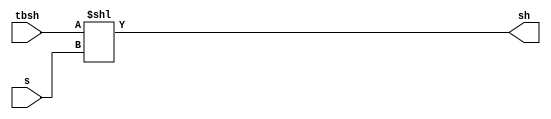
`timescale 1ns / 1ps

module shift_unit(input[31:0]tbsh,s,output[31:0]sh);
assign sh=tbsh<<s;
endmodule